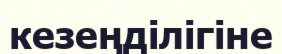
кезеңділігіне